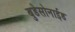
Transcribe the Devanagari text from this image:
बुडेसोनाईड